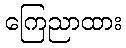
ကြေညာထား